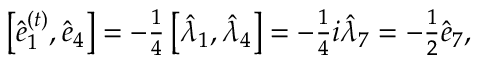
\begin{array} { r } { \left[ \hat { e } _ { 1 } ^ { ( t ) } , \hat { e } _ { 4 } \right] = - \frac { 1 } { 4 } \left[ \hat { \lambda } _ { 1 } , \hat { \lambda } _ { 4 } \right] = - \frac { 1 } { 4 } i \hat { \lambda } _ { 7 } = - \frac { 1 } { 2 } \hat { e } _ { 7 } , } \end{array}